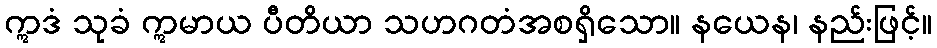
ဣဒံ သုခံ ဣမာယ ပီတိယာ သဟဂတံအစရှိသော။ နယေန၊ နည်းဖြင့်။